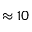
\approx 1 0